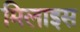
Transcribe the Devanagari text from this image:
मिलाइस